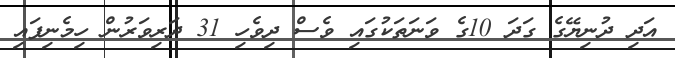
އަދި ދުނިޔޭގެ ގަދަ 10ގެ ވަނަތަކުގައި ވެސް ދިވެހި 31 ދަރިވަރުން ހިމެނިފައި